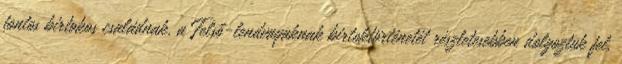
fontos birtokos családnak, a Felső-lendvayaknak birtoktörténetét részletesebben dolgoztuk fel.